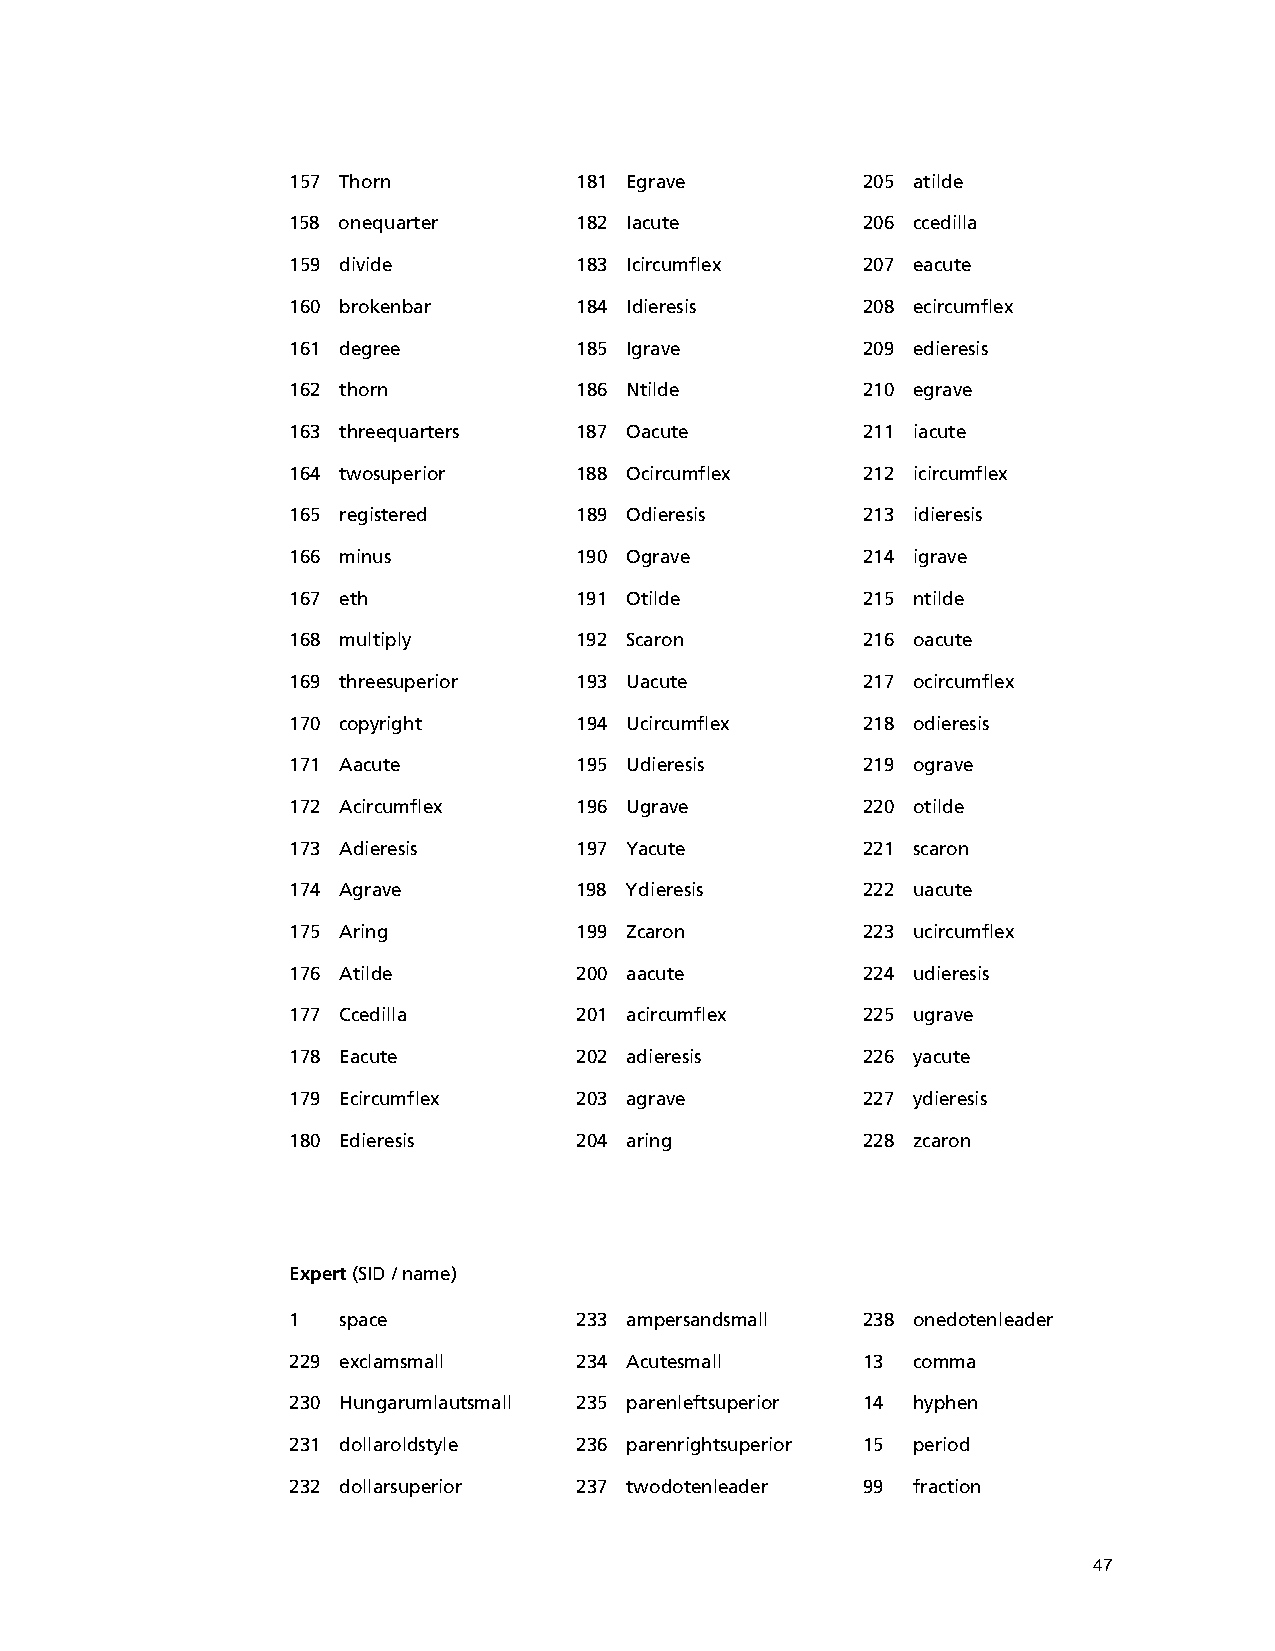
157 Thorn          181 Egrave         205 atilde
 158 onequarter     182 Iacute         206 ccedilla
 159 divide         183 Icircumflex    207 eacute
 160 brokenbar      184 Idieresis      208 ecircumflex
 161 degree         185 Igrave         209 edieresis
 162 thorn          186 Ntilde         210 egrave
 163 threequarters  187 Oacute         211 iacute
 164 twosuperior    188 Ocircumflex    212 icircumflex
 165 registered     189 Odieresis      213 idieresis
 166 minus          190 Ograve         214 igrave
 167 eth            191 Otilde         215 ntilde
 168 multiply       192 Scaron         216 oacute
 169 threesuperior  193 Uacute         217 ocircumflex
 170 copyright      194 Ucircumflex    218 odieresis
 171 Aacute         195 Udieresis      219 ograve
 172 Acircumflex    196 Ugrave         220 otilde
 173 Adieresis      197 Yacute         221 scaron
 174 Agrave         198 Ydieresis      222 uacute
 175 Aring          199 Zcaron         223 ucircumflex
 176 Atilde         200 aacute         224 udieresis
 177 Ccedilla       201 acircumflex    225 ugrave
 178 Eacute         202 adieresis      226 yacute
 179 Ecircumflex    203 agrave         227 ydieresis
 180 Edieresis      204 aring          228 zcaron
 Expert (SID / name)
 1  space           233 ampersandsmall 238 onedotenleader
 229 exclamsmall    234 Acutesmall     13 comma
 230 Hungarumlautsmall 235 parenleftsuperior 14 hyphen
 231 dollaroldstyle 236 parenrightsuperior 15 period
 232 dollarsuperior 237 twodotenleader 99 fraction
 47